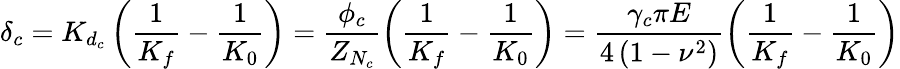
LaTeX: \delta_{c}=K_{d_{c}}\left(\frac{1}{K_{f}}-\frac{1}{K_{0}}\right)=\frac{\phi_{c}}{Z_{N_{c}}}\left(\frac{1}{K_{f}}-\frac{1}{K_{0}}\right)=\frac{\gamma_{c}\pi E}{4\left(1-\nu^{2}\right)}\left(\frac{1}{K_{f}}-\frac{1}{K_{0}}\right)